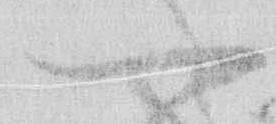
一